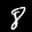
Label: 8